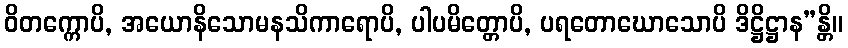
ဝိတက္ကောပိ, အယောနိသောမနသိကာရောပိ, ပါပမိတ္တောပိ, ပရတောဃောသောပိ ဒိဋ္ဌိဋ္ဌာန”န္တိ။